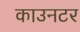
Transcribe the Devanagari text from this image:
काउनटर